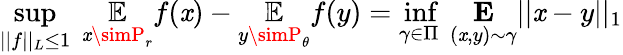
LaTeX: \underset{||f||_{L}\leq1}{\operatorname*{sup}}\ \underset{\mathit{x}\simP_{r}}{\mathbb{{E}}}f(\mathit{x})-\underset{y\simP_{\theta}}{\mathbb{{E}}}f(y)=\underset{\gamma\in\Pi}{\operatorname*{inf}}\ \underset{(\mathit{x},y)\sim\gamma}{\mathbf{{E}}}||\mathit{x}-y||_{1}